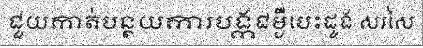
ជួយកាត់បន្ថយការបង្កជម្ងឺបេះដូង សរសៃ